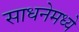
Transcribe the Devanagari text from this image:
साधनेमध्ये